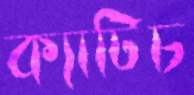
ক্যাটিচ